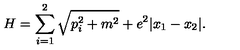
H = \sum _ { i = 1 } ^ { 2 } \sqrt { p _ { i } ^ { 2 } + m ^ { 2 } } + e ^ { 2 } | x _ { 1 } - x _ { 2 } | .